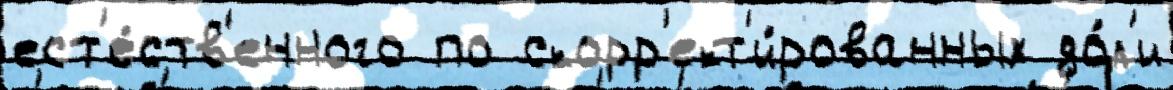
ест'е́ств'енного по скорр'ект'и́рованных до́л'и